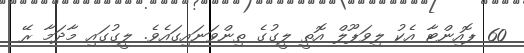
60 ޕޮއިންޓާ އެކު ލިވަޕޫލް އޮތީ ލީގުގެ ތިންވަނައިގައެވެ. ލީގުގައި މާދަމާ ރޭ